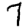
Digit: 7